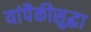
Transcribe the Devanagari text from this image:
यांपैकीसुद्धा